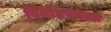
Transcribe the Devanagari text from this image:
विमोहख्यातः